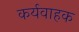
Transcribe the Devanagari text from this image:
कर्यवाहक